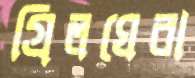
গ্রিলঘেরা